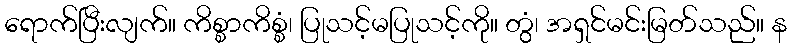
ရောက်ပြီးလျက်။ ကိစ္စာကိစ္စံ၊ ပြုသင့်မပြုသင့်ကို။ တွံ၊ အရှင်မင်းမြတ်သည်။ န